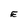
Character: E